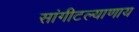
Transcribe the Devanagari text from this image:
सांगीटल्याणाय